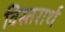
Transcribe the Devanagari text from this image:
विस्तरार्थ